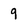
Character: 9